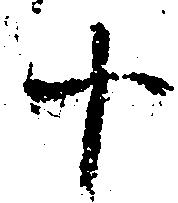
十